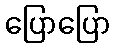
ပြောပြော